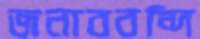
জনাববন্দি